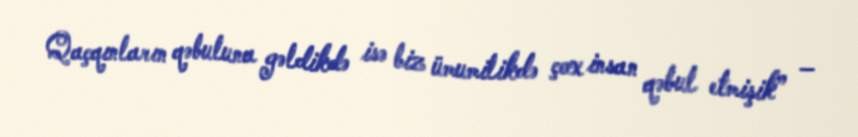
Qaçqınların qəbuluna gəldikdə isə biz ümumilikdə çox insan qəbul etmişik” –